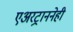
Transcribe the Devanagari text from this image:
एअरट्राननेही